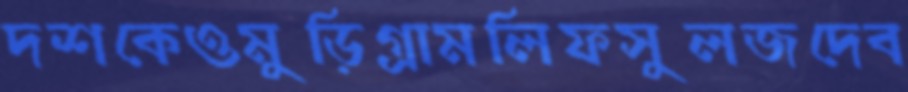
দশকেওমুড়িগ্রামলিফসুলজদেব